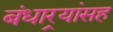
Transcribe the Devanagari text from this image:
बंधार्‍यांसह